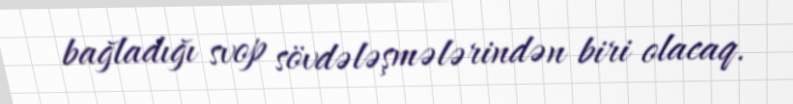
bağladığı svop sövdələşmələrindən biri olacaq.